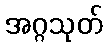
အဂ္ဂသုတ်